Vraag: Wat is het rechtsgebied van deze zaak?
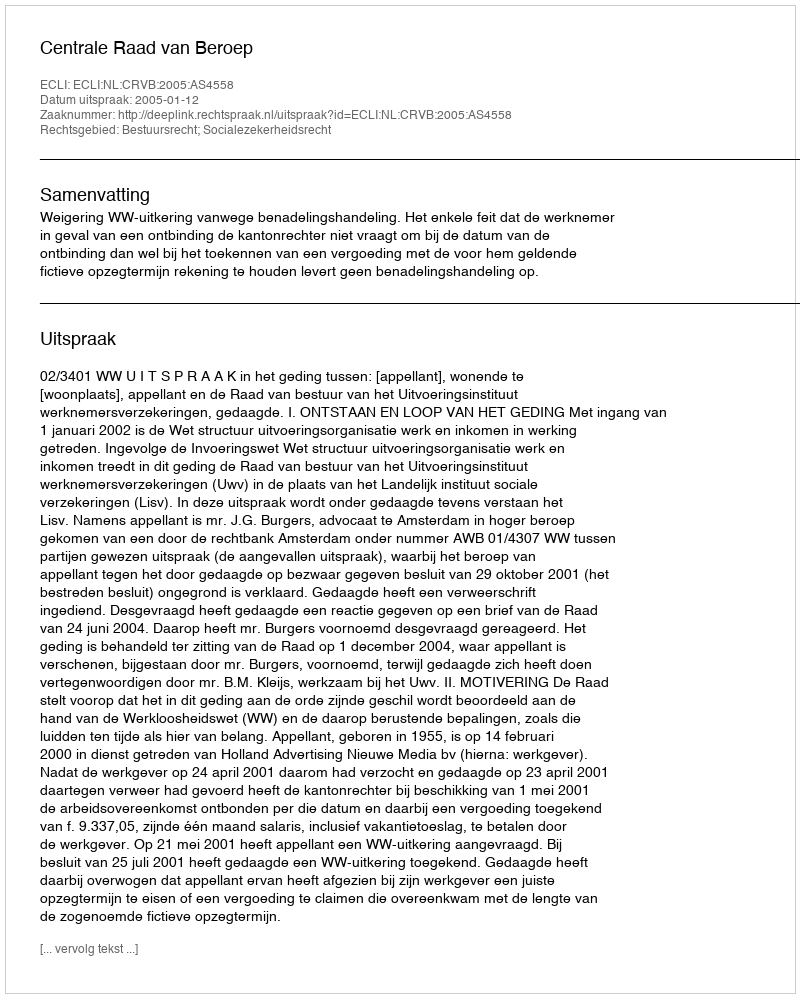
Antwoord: Bestuursrecht; Socialezekerheidsrecht